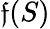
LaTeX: \mathfrak{f}(S)